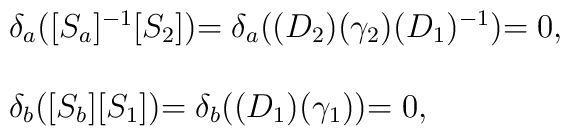
\left.\begin{array}{l}\delta_a\bigl([S_a]^{-1}[S_2]\bigl)=\delta_a\bigl((D_2)(\gamma_2)(D_1)^{-1}\bigl)=0,\\\\\delta_b\bigl([S_b][S_1]\bigl)=\delta_b\bigl((D_1)(\gamma_1)\bigl)=0,\end{array}\right.